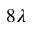
8 \lambda